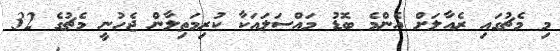
މި މެޗުގައި ރެއާލަށް އެންމެ ބޮޑު މައްސަލައަކާ ކުރިމަތިލާން ޖެހުނީ މެޗުގެ 32